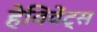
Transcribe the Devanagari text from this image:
हेविवेंट्स